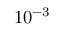
1 0 ^ { - 3 }